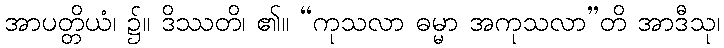
အာပတ္တိယံ၊ ၌။ ဒိဿတိ၊ ၏။ “ကုသလာ ဓမ္မာ အကုသလာ”တိ အာဒီသု၊